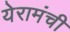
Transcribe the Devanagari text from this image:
येरामंची